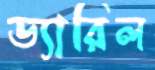
ড্যারিল